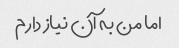
اما من به آن نیاز دارم